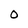
Character: O